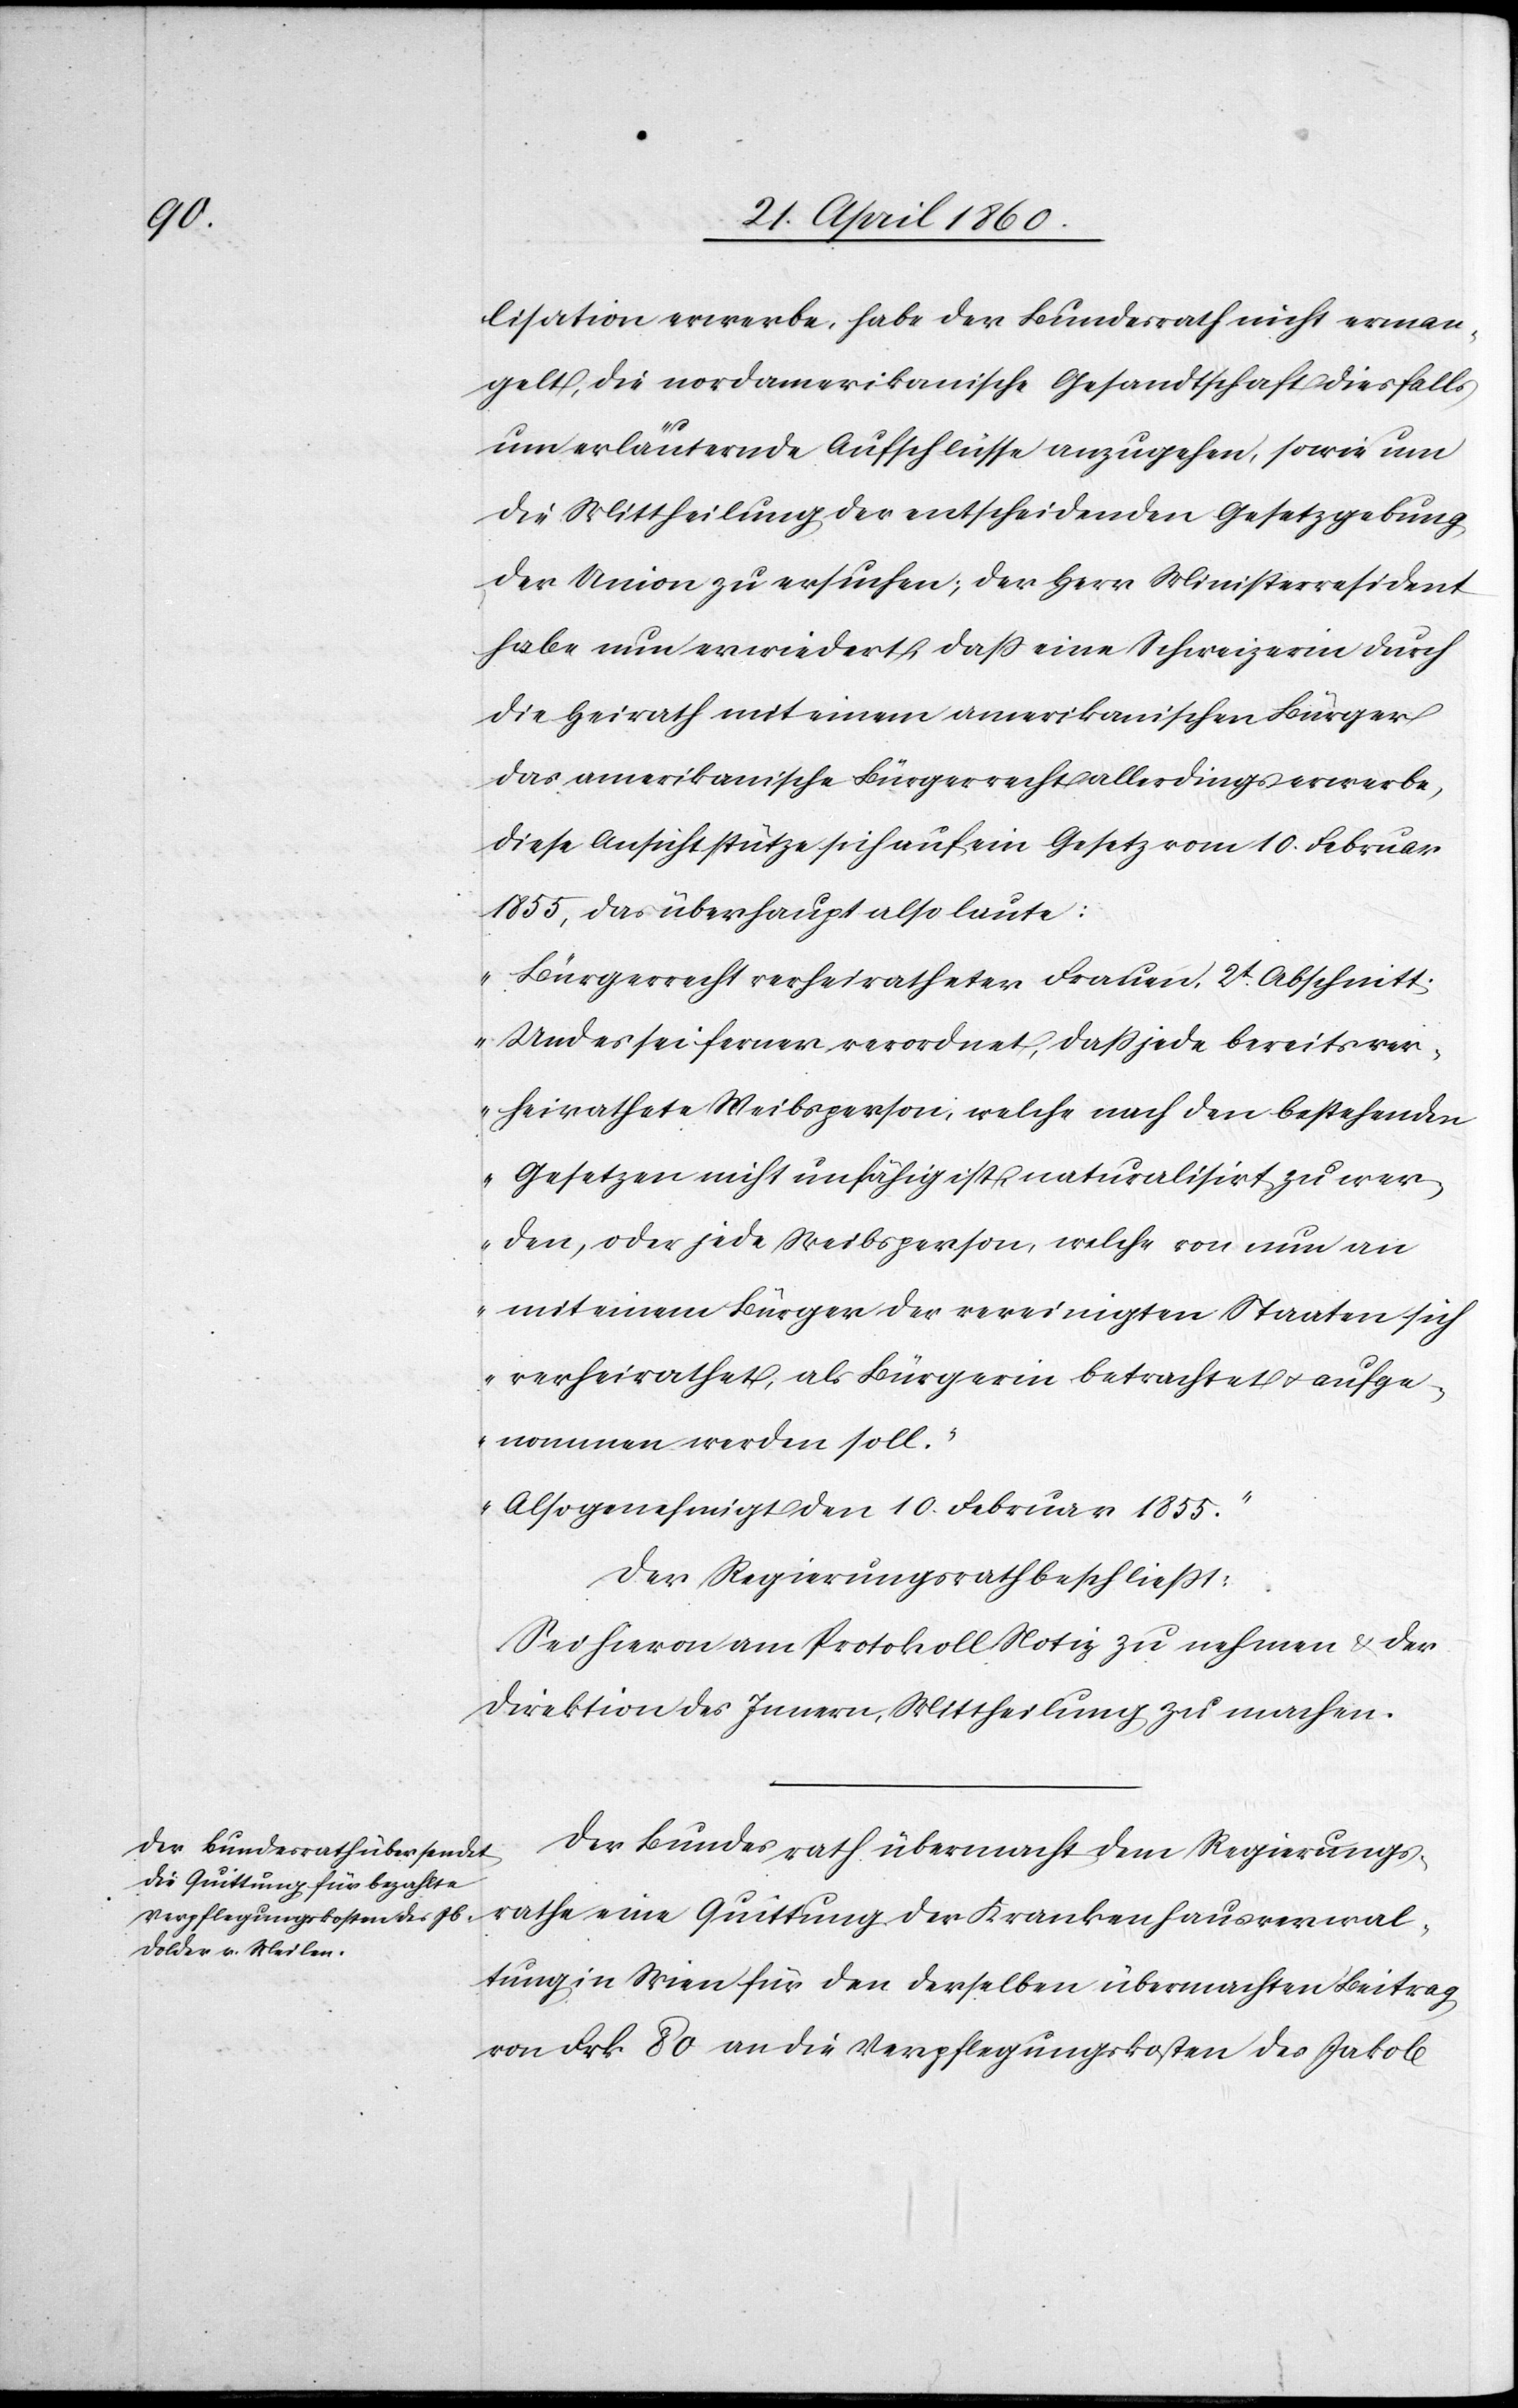
lisation erwerbe, habe der Bundesrath nicht erman¬
gelt, die nordamerikanische Gesandtschaft diesfalls
unter erläuternde Aufschlüsse anzugehen, sowie um
die Mittheilung der entscheidenden Gesetzgebung
der Union zu ersuchen, der Herr Ministerresident
habe nun erwidert, dass eine Schweizerin durch
die Heirath mit einem amerikanischen Bürger
das amerikanische Bürgerrecht allerdings erwerbe,
diese Ansicht stütze sich auf ein Gesetz vom 10. Februar
1855, das überhaupt also laute:
„Bürgerrecht verheiratheter Frauen, 2t Abschnitt:
Und es sei ferner verordnet, dass jede bereits ver¬
heirathete Weibsperson, welche nach den bestehenden
Gesetzen nicht unfähig ist naturalisirt zu wer¬
den, oder jede Weibsperson, welche von nun an
mit einem Bürger der vereinigten Staaten sich
verheirathet, als Bürgerin betrachtet u. aufge¬
nommen werden soll.
Also genehmigt den 10. Februar 1855.“
Der Regierungsrath beschliesst:
Sei hievon am Protokoll Notiz zu nehmen u. der
Direktion des Innern, Mittheilung zu machen.
Der Bundesrath übermacht dem Regierungs¬
rathe eine Quittung der Krankenhausverwal¬
tung in Wien für den derselben übermachten Beitrag
von Frk. 80 an die Verpflegungskosten des Jakob